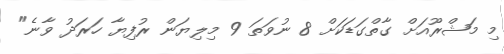
މި މަޝްރޫއަށް ގާތްގަޑަކަށް 8 ނުވަތަ 9 މިލިޔަން ރުފިޔާ ހަރަދު ވާނެ"